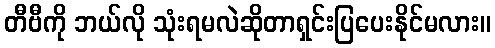
တီဗီကို ဘယ်လို သုံးရမလဲဆိုတာရှင်းပြပေးနိုင်မလား။